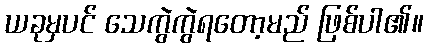
ယခုမှပင် သေကွဲကွဲရတော့မည် ဖြစ်ပါ၏။